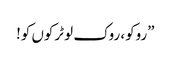
”روکو، روک لو ٹرکوں کو!